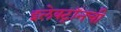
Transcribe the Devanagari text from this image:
इलेक्ट्राॅनची